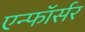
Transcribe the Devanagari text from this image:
एन्फाॅर्सर